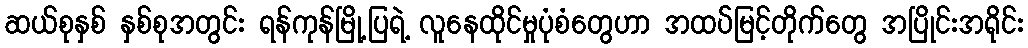
ဆယ်စုနှစ် နှစ်စုအတွင်း ရန်ကုန်မြို့ပြရဲ့ လူနေထိုင်မှုပုံစံတွေဟာ အထပ်မြင့်တိုက်တွေ အပြိုင်းအရိုင်း